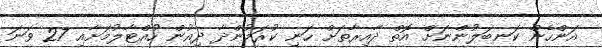
އަންހެން ކަނބަލުންނަށް އޮތް ދާއިރާތަށް ހަނި ކުރަމުންދާ ދިއުން ހުއްޓާލުމަށާއި 27 ވަނަ